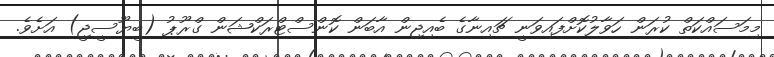
މިމަސައްކަތް ކުރަން ހަވާލުކޮށްފައިވަނީ ޗައިނާގެ ބެއިޖިން އާބަން ކޮންސްޓްރަކްޝަން ގްރޫޕު (ބީޔޫސީޖީ) އަށެވެ.